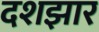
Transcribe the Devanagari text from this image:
दशझार